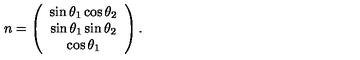
n = \left( \begin{array} { c } { \sin \theta _ { 1 } \cos \theta _ { 2 } } \\ { \sin \theta _ { 1 } \sin \theta _ { 2 } } \\ { \cos \theta _ { 1 } } \\ \end{array} \right) .